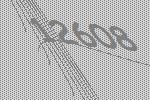
12608